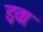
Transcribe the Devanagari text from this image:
इकः